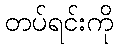
တပ်ရင်းကို